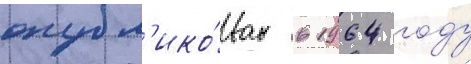
опубл'ико́ван в 1964 году